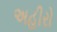
અહીરો